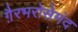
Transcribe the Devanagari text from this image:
ग़ैरभरोसेमंद